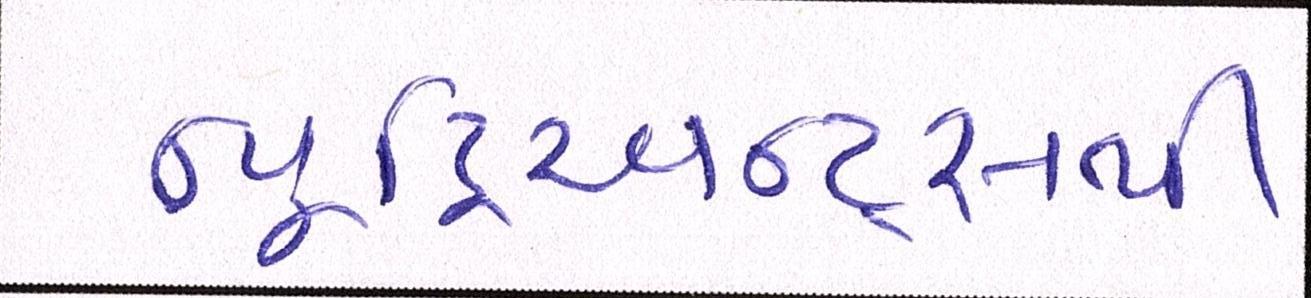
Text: ન્યૂટ્રિઅન્ટ્સથી